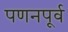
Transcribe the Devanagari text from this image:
पणनपूर्व